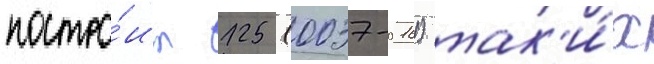
постро́ил 125 (0037-0161) так'и́х